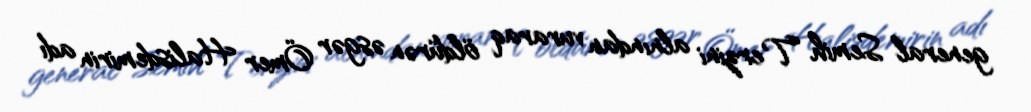
general Semih Terzini alnından vuraraq öldürən əsgər Ömer Halisdemirin adı